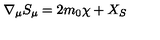
\nabla _ { \mu } S _ { \mu } = 2 m _ { 0 } \chi + X _ { S } \nonumber